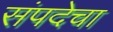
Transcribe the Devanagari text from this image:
संपदेचा